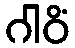
ဂါဝိံ